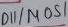
Text: D11/MOSI